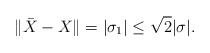
LaTeX: \begin{align*}\| \bar X - X \| = |\sigma_1| \leq \sqrt 2 |\sigma|.\end{align*}